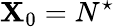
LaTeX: \mathbf{X}_{0}=N^{\star}